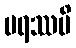
ပရဿပိ